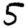
Digit: 5